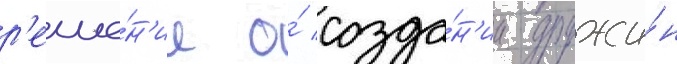
р'еше́н'ие о́ созда́н'ии дружи́н